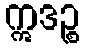
ဣဒဉ္စ